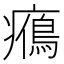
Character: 𤻉